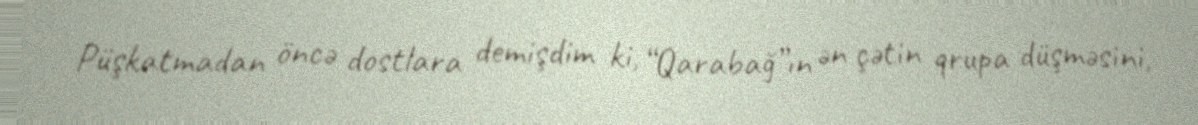
Püşkatmadan öncə dostlara demişdim ki, “Qarabağ”ın ən çətin qrupa düşməsini,